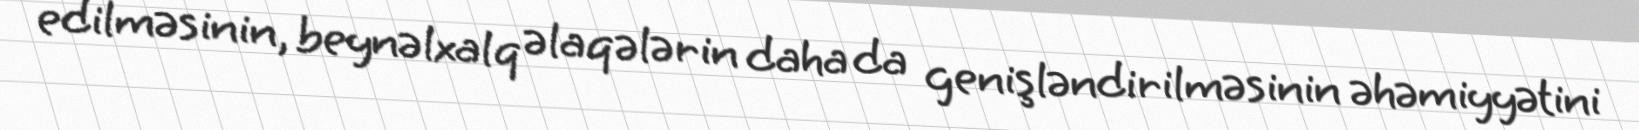
edilməsinin, beynəlxalq əlaqələrin daha da genişləndirilməsinin əhəmiyyətini